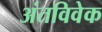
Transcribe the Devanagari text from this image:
अंतविवेक